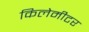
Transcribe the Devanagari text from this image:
किलेमीटर